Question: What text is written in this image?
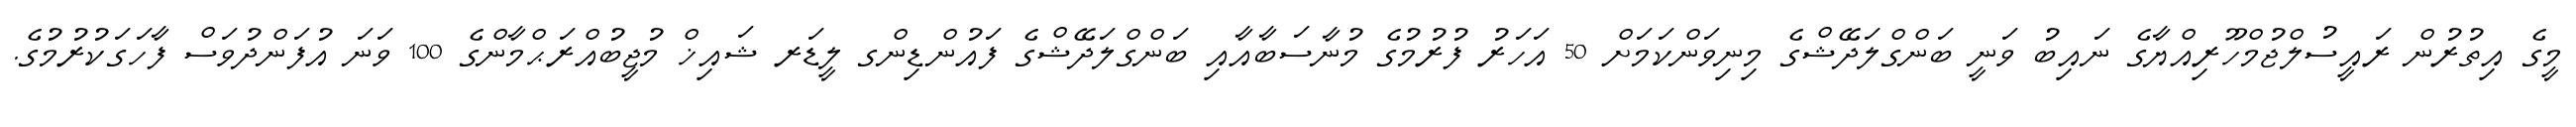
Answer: މީގެ އިތުރުން ރައީސުލްޖުމްހޫރިއްޔާގެ ނައިބު ވަނީ ބަންގްލަދޭޝްގެ މިނިވަންކަމަށް 50 އަހަރު ފުރުމުގެ މުނާސަބާއާއި ބަންގްލަދޭޝްގެ ފައުންޑިންގ ލީޑަރ ޝައިޚް މުޖީބުއްރަޙްމާންގެ 100 ވަނަ އުފަންދުވަސް ފާހަގަކުރުމުގެ.